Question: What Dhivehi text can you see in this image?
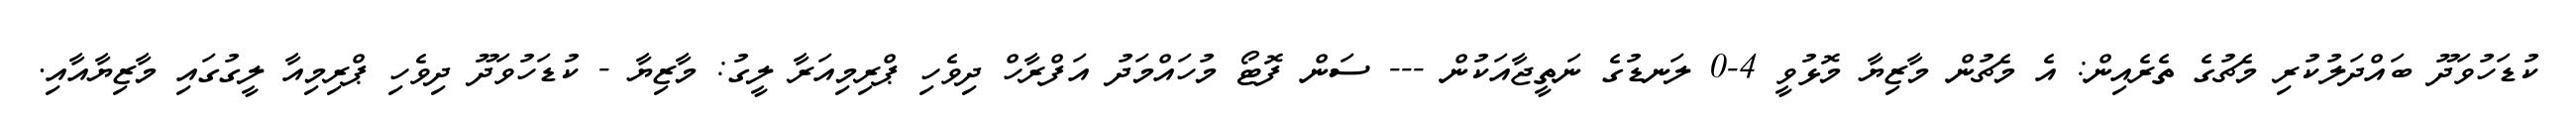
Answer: ކުޑަހުވަދޫ ބައްދަލުކުރި މެޗުގެ ތެރެއިން: އެ މެޗުން މާޒިޔާ މޮޅުވީ 4-0 ލަނޑުގެ ނަތީޖާއަކުން --- ސަން ފޮޓޯ މުހައްމަދު އަފްރާހް ދިވެހި ޕްރިމިއަރާ ލީގު: މާޒިޔާ - ކުޑަހުވަދޫ ދިވެހި ޕްރިމިއާ ލީގުގައި މާޒިޔާއާއި.